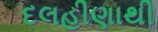
દલહીણાથી